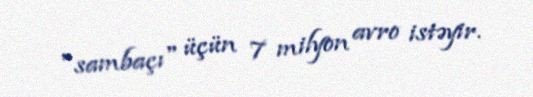
"sambaçı" üçün 7 milyon avro istəyir.